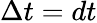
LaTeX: \Delta t=dt